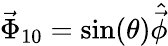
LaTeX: \vec{\Phi}_{10}=\sin(\theta)\hat{\vec{\phi}}